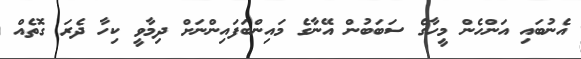
އެނުބައި އަންހެން މީހާގެ ސަބަބުން އޭނާގެ މައިންބަފައިންނަށް ދިމާވީ ކިހާ ދެރަ ގޮތެއް